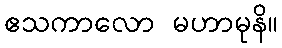
ဧသကာလော မဟာမုနိ။